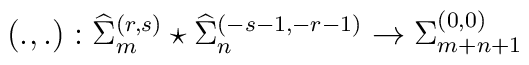
\left(.,.\right): {\widehat \Sigma}_{m}^{(r,s)} \star {\widehat \Sigma}_{n}^{(-s-1,-r-1)} \rightarrow  {\Sigma}_{m+n+1}^{(0,0)}